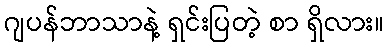
ဂျပန်ဘာသာနဲ့ ရှင်းပြတဲ့ စာ ရှိလား။